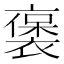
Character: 𬡭